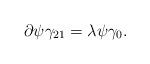
LaTeX: \begin{align*}\partial\psi\gamma_{21} = \lambda\psi\gamma_0 .\end{align*}